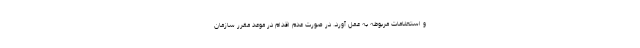
و استعلامات مربوطه به عمل آورد. در صورت عدم اقدام در موعد مقرر سازمان